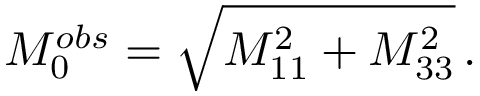
M _ { 0 } ^ { o b s } = \sqrt { M _ { 1 1 } ^ { 2 } + M _ { 3 3 } ^ { 2 } } \, .